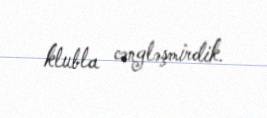
klubla cəngləşmirdik.